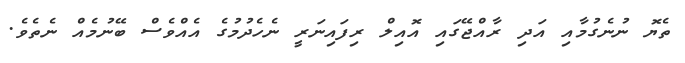
ތެޔޮ ނުނެގުމާއި އަދި ރާއްޖޭގައި އޮއިލް ރިފައިނަރީ ނެހެދުމުގެ އެއްވެސް ބޭނުމެއް ނެތެވެ.